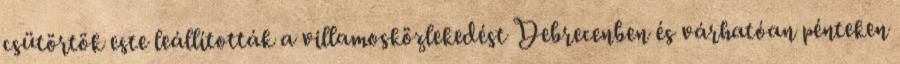
csütörtök este leállították a villamosközlekedést Debrecenben és várhatóan pénteken